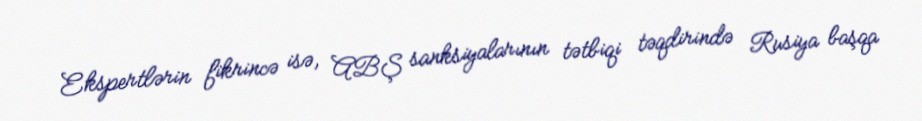
Ekspertlərin fikrincə isə, ABŞ sanksiyalarının tətbiqi təqdirində Rusiya başqa